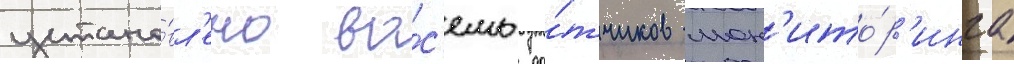
устано́вл'ено во́с'емь да́тчиков мон'ито́р'инга